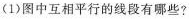
(1)图中互相平行的线段有哪些?